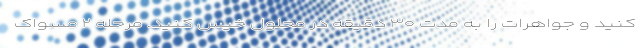
کنید و جواهرات را به مدت ۳۰ دقیقه در محلول خیس کنید. مرحله ۲ مسواک